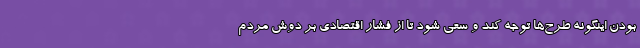
بودن اینگونه طرح‌ها توجه کند و سعی شود تا از فشار اقتصادی بر دوش مردم